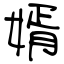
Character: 婿